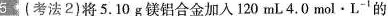
5(考法2)将5.10g镁铝合金加入120mL4.0mol.L^{-1}的